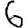
Digit: 6